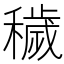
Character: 穢